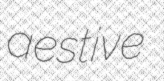
aestive